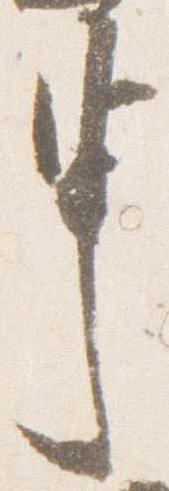
申